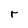
Character: r